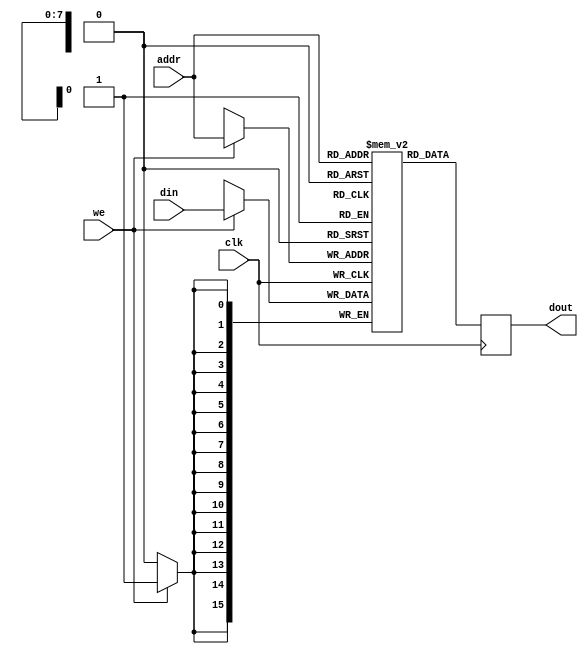
module memory_block (
    input clk,
    input we,            // Write enable
    input [address_width-1:0] addr, // Address
    input [data_width-1:0] din,      // Data input
    output reg [data_width-1:0] dout  // Data output
);
    parameter address_width = 8;
    parameter data_width = 16;
    
    // Memory array
    reg [data_width-1:0] mem [(1 << address_width)-1:0];

    always @(posedge clk) begin
        if (we) begin
            mem[addr] <= din; // Write operation
        end
        dout <= mem[addr]; // Read operation
    end
endmodule